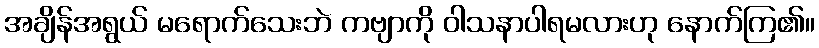
အချိန်အရွယ် မရောက်သေးဘဲ ကဗျာကို ဝါသနာပါရမလားဟု နောက်ကြ၏။